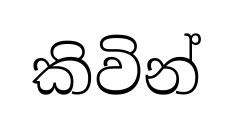
කිවින්